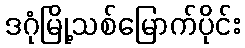
ဒဂုံမြို့သစ်မြောက်ပိုင်း